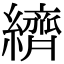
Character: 纃